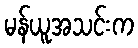
မန်ယူအသင်းက